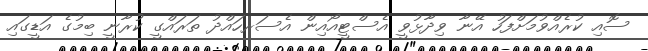
ސޮއި ކުރެއްވުމަށްފަހު އޭނާ ވިދާޅުވީ އެސްޓީއޯއިން އެސަރހައްދު ތަރައްގީ ކުރާނީ ބިމުގެ އަޑީގައި